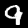
Digit: 9